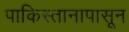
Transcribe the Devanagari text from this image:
पाकिस्तानापासून